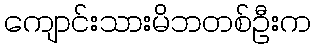
ကျောင်းသားမိဘတစ်ဦးက